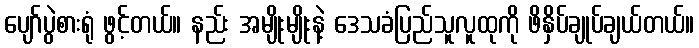
ပျော်ပွဲစားရုံ ဖွင့်တယ်။ နည်း အမျိုးမျိုးနဲ့ ဒေသခံပြည်သူလူထုကို ဖိနှိပ်ချုပ်ချယ်တယ်။